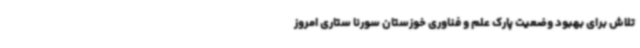
تلاش برای بهبود وضعیت پارک علم و فناوری خوزستان سورنا ستاری امروز